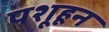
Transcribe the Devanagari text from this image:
पशूहून